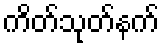
ကိတ်သုတ်နက်